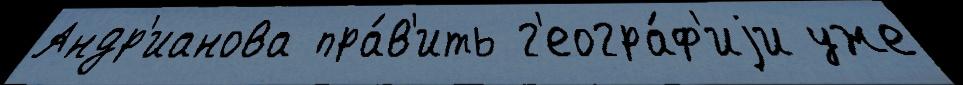
Андр'ианова пра́в'ить г'еогра́ф'иjи уже